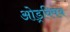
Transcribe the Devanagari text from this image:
ओड्रविषय